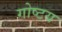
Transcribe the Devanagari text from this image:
गोष्टय